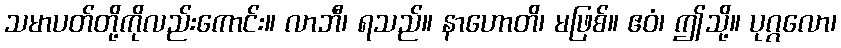
သမာပတ်တို့ကိုလည်းကောင်း။ လာဘီ၊ ရသည်။ နာဟောတိ၊ မဖြစ်။ ဧဝံ၊ ဤသို့။ ပုဂ္ဂလော၊